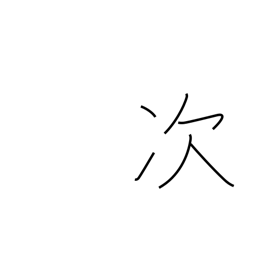
Meaning: next